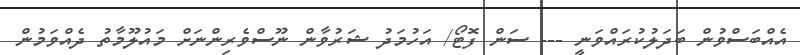
އެއްބަސްވުން ބަދަލުކުރައްވަނީ --- ސަން ފޮޓޯ/ އަހުމަދު ޝަރުވާން ނޫސްވެރިންނަށް މައުލޫމާތު ދެއްވަމުން